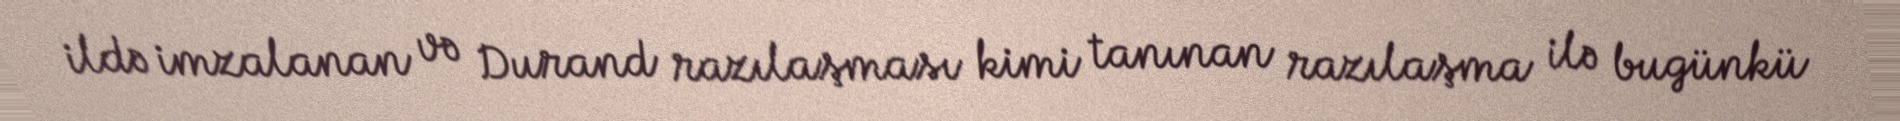
ildə imzalanan və Durand razılaşması kimi tanınan razılaşma ilə bugünkü